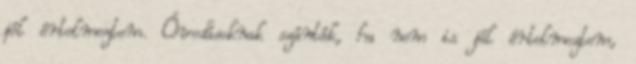
jól értelmeztem. Óvodásoknak szánták, ha nem is jól értelmeztem,